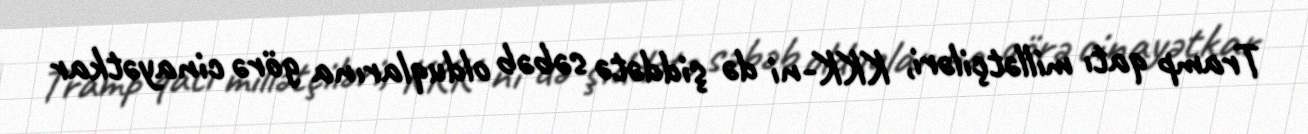
Tramp qatı millətçiləri, KKK-ni də şiddətə səbəb olduqlarına görə cinayətkar